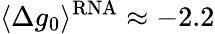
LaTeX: \langle\Delta g_{0}\rangle^{\mathrm{RNA}}\approx-2.2